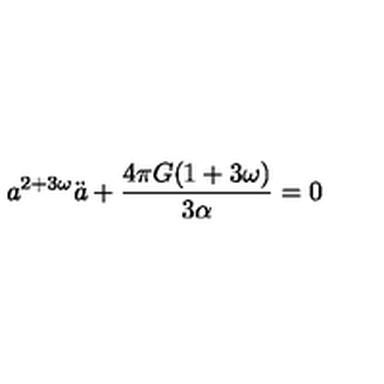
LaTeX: a ^ { 2 + 3 \omega } \ddot { a } + \frac { 4 \pi G ( 1 + 3 \omega ) } { 3 \alpha } = 0